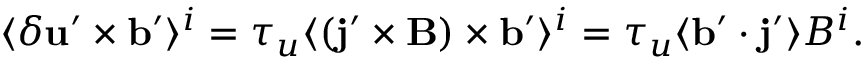
\langle { \delta { \bf { u } } ^ { \prime } \times { \bf { b } } ^ { \prime } } \rangle ^ { i } = \tau _ { u } \langle { ( { \bf { j } } ^ { \prime } \times { \bf { B } } ) \times { \bf { b } } ^ { \prime } } \rangle ^ { i } = \tau _ { u } \langle { { \bf { b } } ^ { \prime } \cdot { \bf { j } } ^ { \prime } } \rangle B ^ { i } .